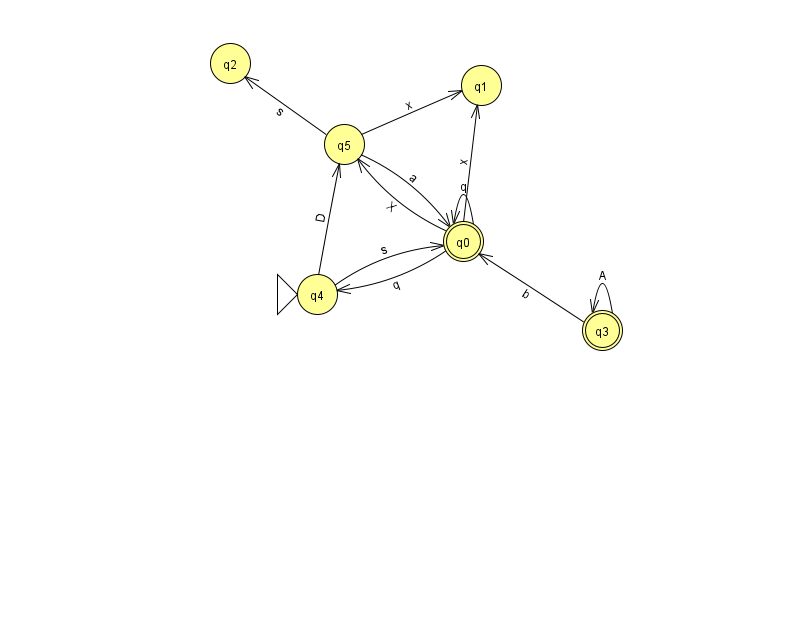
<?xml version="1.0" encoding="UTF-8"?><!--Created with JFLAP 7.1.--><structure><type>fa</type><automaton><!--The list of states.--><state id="0" name="q0"><x>463.0</x><y>228.0</y><final/></state><state id="1" name="q1"><x>481.0</x><y>72.0</y></state><state id="2" name="q2"><x>230.0</x><y>50.0</y></state><state id="3" name="q3"><x>602.0</x><y>317.0</y><final/></state><state id="4" name="q4"><x>317.0</x><y>281.0</y><initial/></state><state id="5" name="q5"><x>344.0</x><y>131.0</y></state><!--The list of transitions.--><transition><from>5</from><to>2</to><read>s</read></transition><transition><from>0</from><to>0</to><read>q</read></transition><transition><from>3</from><to>3</to><read>A</read></transition><transition><from>5</from><to>1</to><read>x</read></transition><transition><from>4</from><to>5</to><read>D</read></transition><transition><from>3</from><to>0</to><read>b</read></transition><transition><from>0</from><to>5</to><read>X</read></transition><transition><from>4</from><to>0</to><read>s</read></transition><transition><from>0</from><to>1</to><read>x</read></transition><transition><from>0</from><to>4</to><read>q</read></transition><transition><from>5</from><to>0</to><read>a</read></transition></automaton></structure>